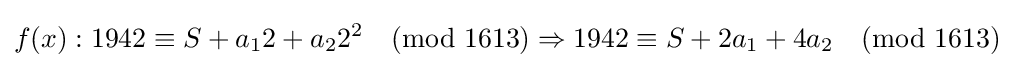
f(x):1942\equiv S+a_{1}2+a_{2}2^{2}{\pmod {1613}}\Rightarrow {}1942\equiv S+2a_{1}+4a_{2}{\pmod {1613}}